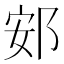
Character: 䢿